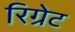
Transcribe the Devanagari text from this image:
रिग्रेट